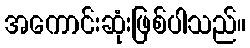
အကောင်းဆုံးဖြစ်ပါသည်။